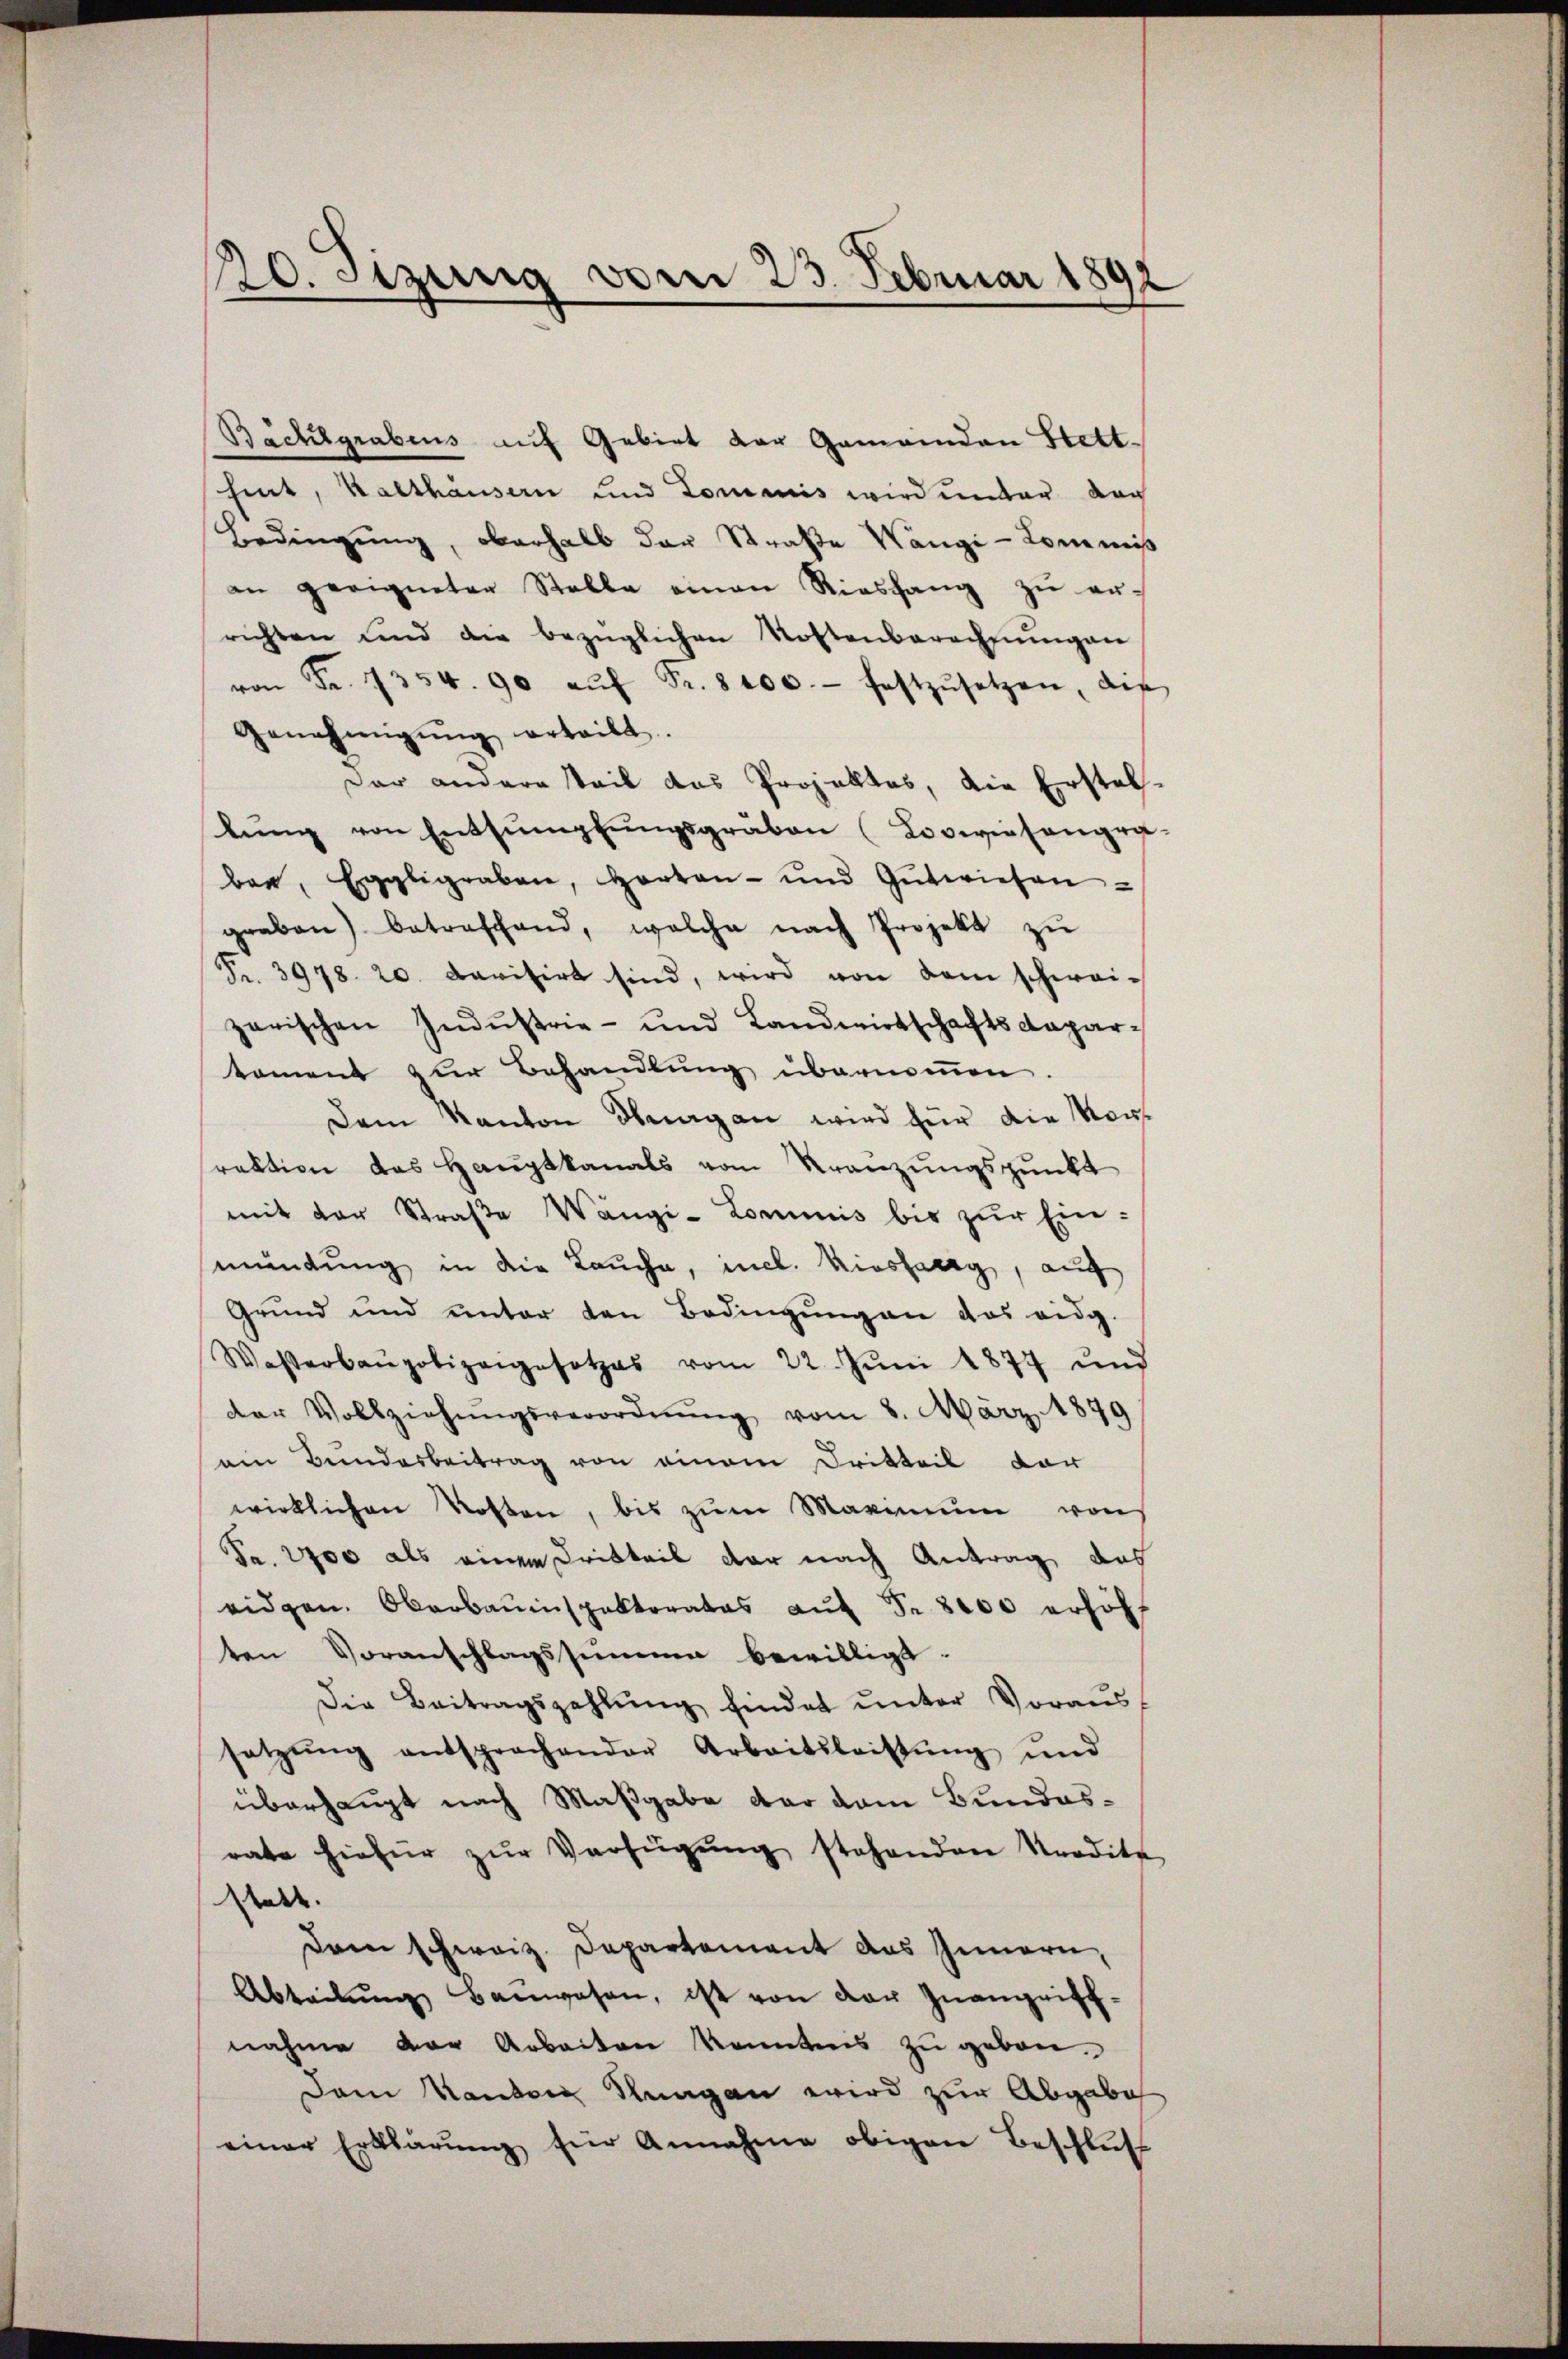
20. Sizung vom 23. Februar 1892

Bäckhlgrabens auf Gebiet der Gemeinden Stettheint, Kalthäusern und Tomanis wird unter dar
Bedingung, oberhalb der Straße angi - Kommiß
an geeigneter Stalle einen Riashang zŭ er-
richten und die bezüglichen Kostenberechnŭngen
von Fr. 1354. 90 aŭf Fr. 8100. festzŭsetzen, die
Genehmigŭng erteilt.
der andere steil das Projektes, die Erstel-
lung von Entsumpfungsgräben (Loswiesengra-
ben, Eggligraben, Harten- und Gŭtwiesen
graben) betreffend, welche nach Projekt zŭ
Fr. 3978. 20. Devisirt sind, wird von dem schwaizerischen Indŭstrie- und Landwirtschaftsdepartoment zur Behandlung übernommen.
Dem Kanton Thurgan wird für die Rous
rektion das Haŭptkanals vom Kränzŭngspunkt
mit der Straβe Wangi-Lommnis bis zŭr Ein-
mündung in die Lauche, incl. Niesselig, auf
Grund und unter den Bedingŭng an das eidg.
Wasserbaupolizangesetzes vom 22. Jŭni 1877 und
der Vollziehŭngsverordnŭng vom 8. März 1879
ein Bundesbeitrag von einem Dritteil vor
wirklichen Kosten, bis zŭm Maximum von
Pa. 2700 als einen Dritteil der nach Antrag das
eidgen. Oberbauinspektorates aŭf Fr. 8000 erhöht
ten Voranschlagssumme bewilligt.
Die Beitragszahlŭng findet ŭnter Voraus
setzŭng entsprochender Arbeitsleistŭng und
überhaupt nach Maßgabe dar vom Bundesrate hiefür zŭr Verfügŭng stehenden Kredite
statt.
Dem schweiz. Departement das Innern,
Abteilŭng Bauwesen, ist von der Inangriff-
nahme der Arbeiten konntens zu geben.
Dem Randon Stungen wird zur Abgabe
einer Erklärŭng für Annahme obigen Beschluß